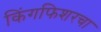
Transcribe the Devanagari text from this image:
किंगफिशरचा